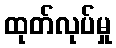
ထုတ်လုပ်မှု